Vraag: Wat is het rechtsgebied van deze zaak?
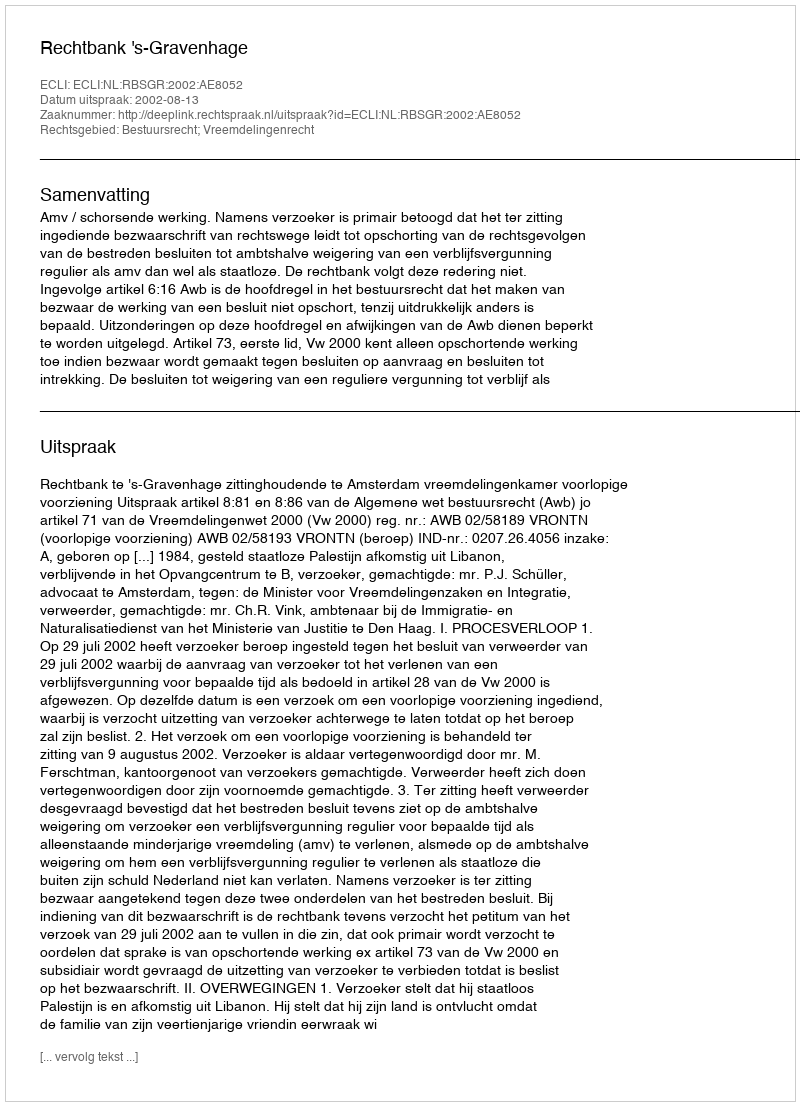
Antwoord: Bestuursrecht; Vreemdelingenrecht